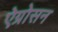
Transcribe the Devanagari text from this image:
ऐग्रोसन